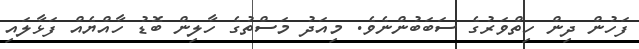
ފަހުން ދިން ހިތްވަރުގެ ސަބަބުންނެވެ. މިއަދު މަސްތުގެ ހާލިން ބޮޑު ހާއްޔެއް ފަޅާލައި